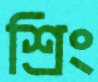
শ্রিং